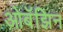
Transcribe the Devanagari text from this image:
ओबॅझिन